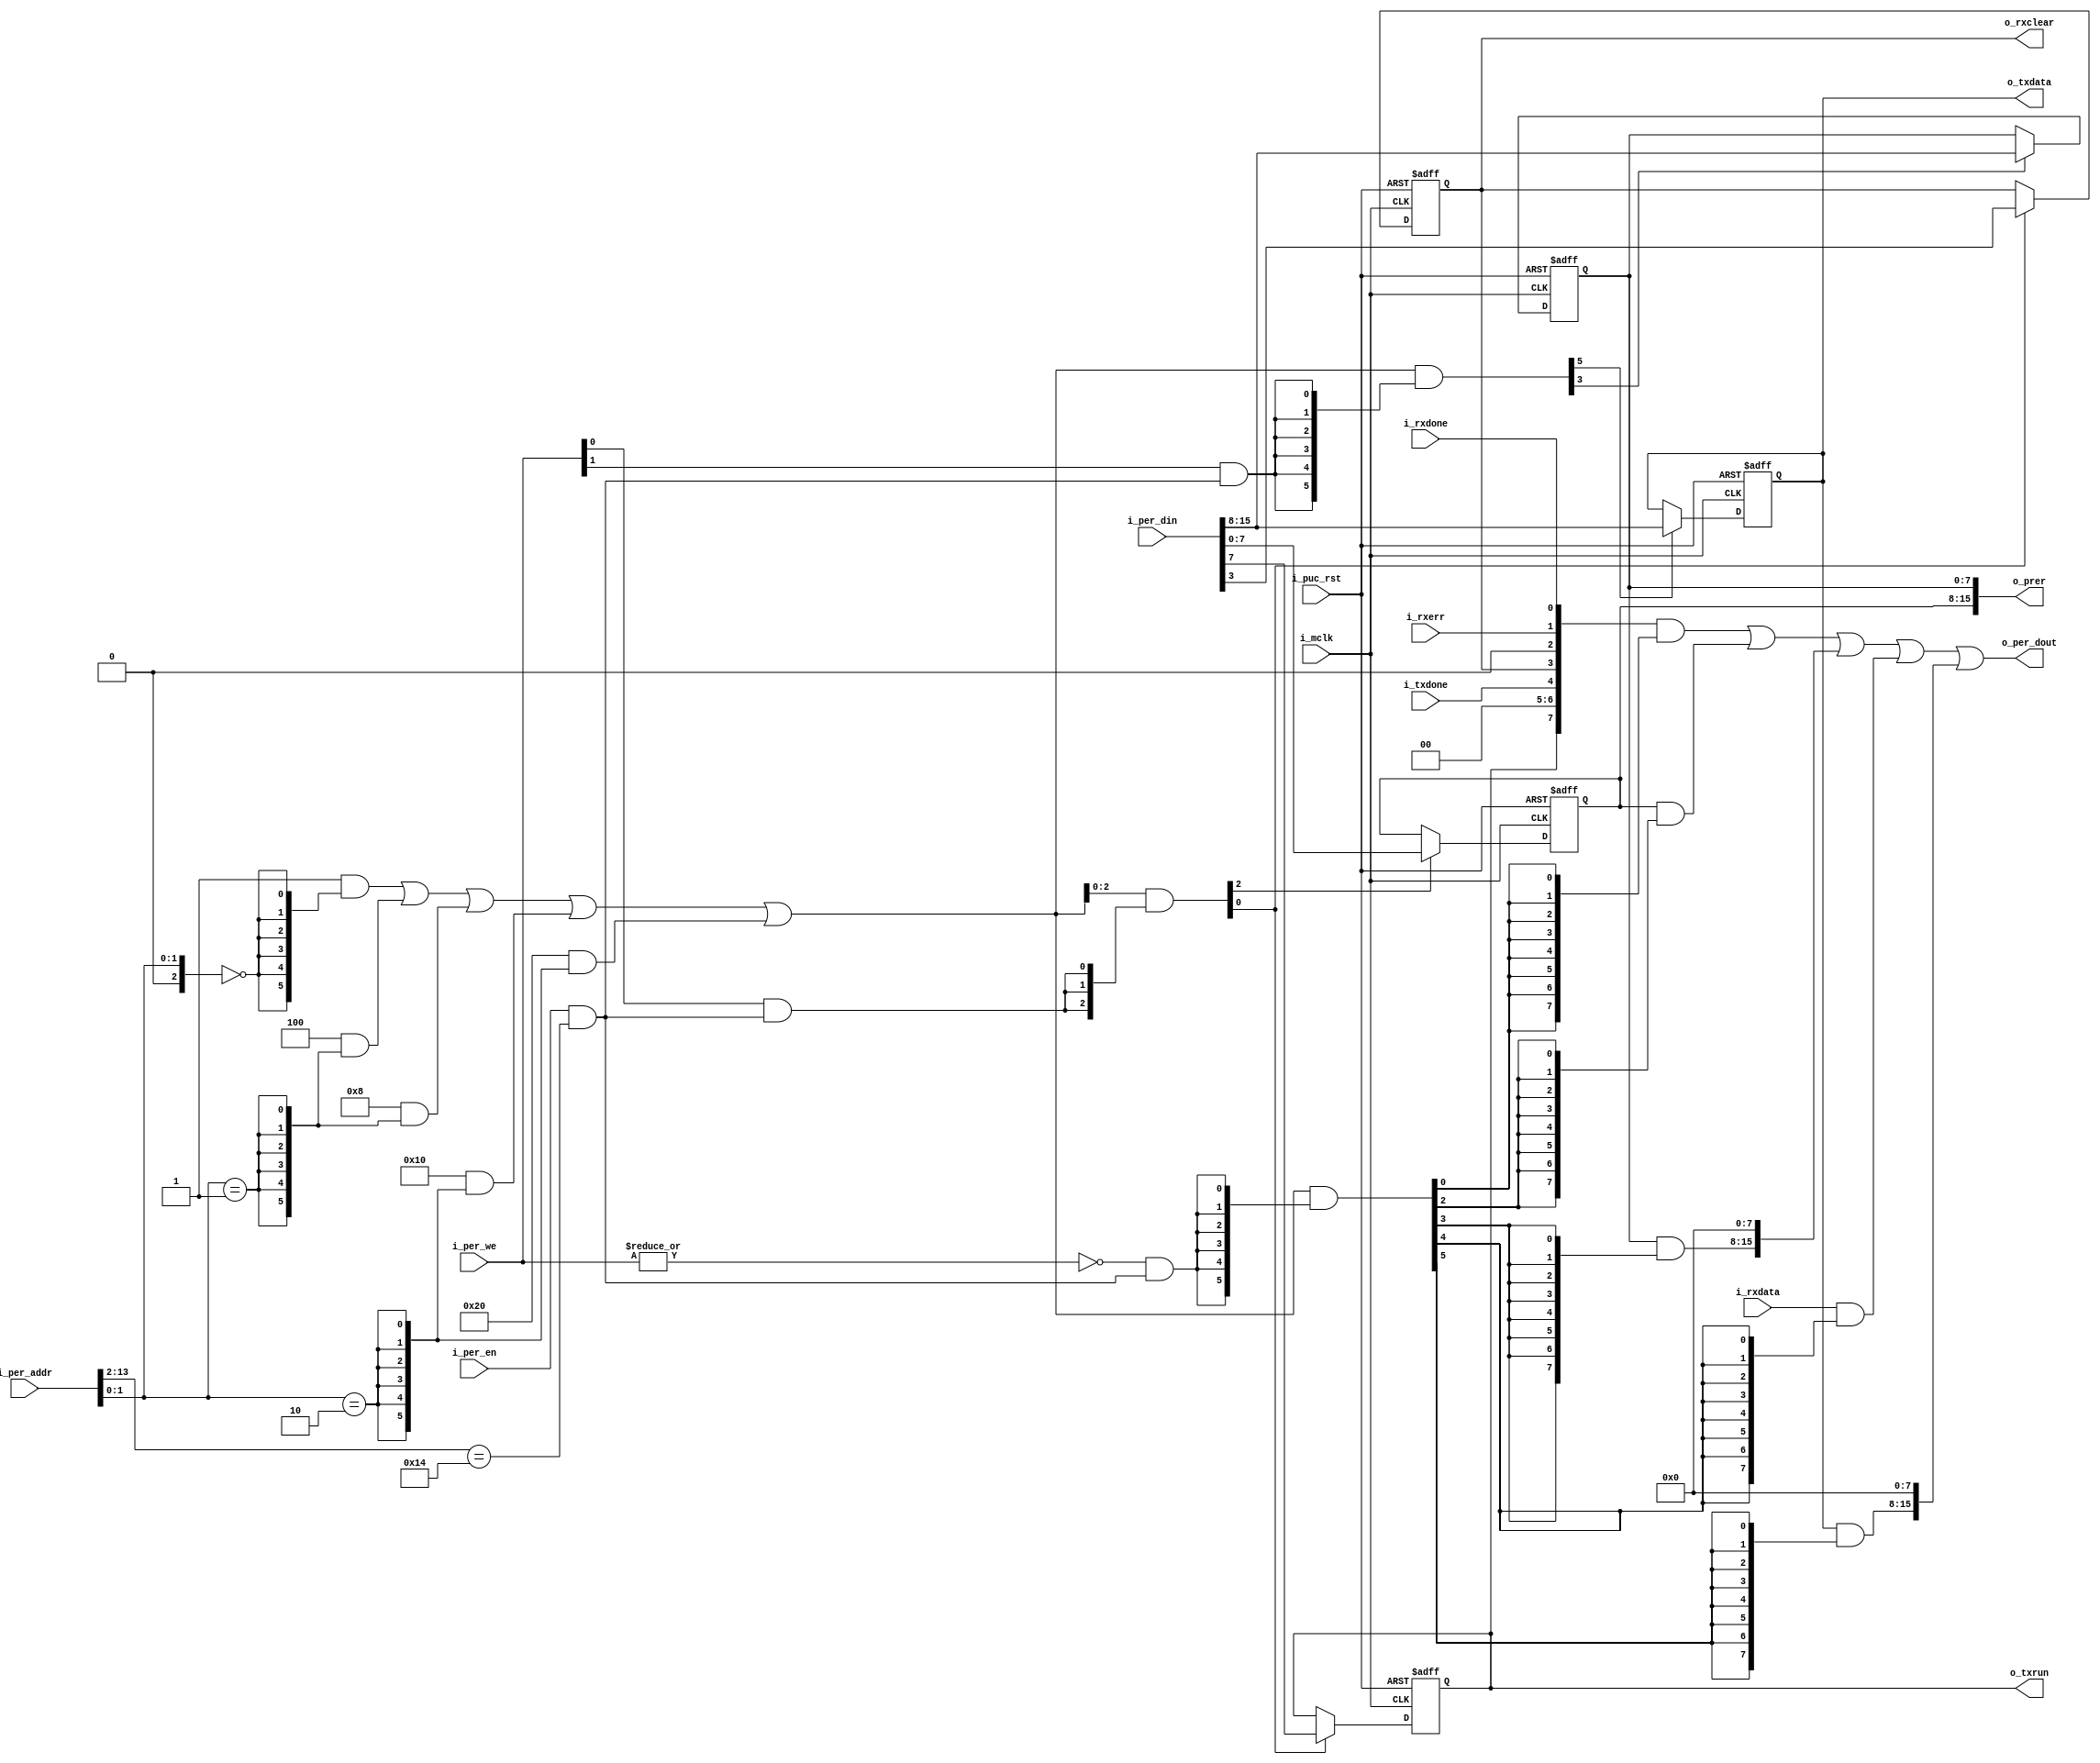
//=============================================================================
//  regs_uart: Register
//-----------------------------------------------------------------------------
//  regs_uart.v
//-----------------------------------------------------------------------------
//   2022 tmct-web  https://ss1.xrea.com/tmct.s1009.xrea.com/
//
//  Redistribution and use in source and binary forms, with or without modification, 
//  are permitted provided that the following conditions are met:
//
//  1.  Redistributions of source code must retain the above copyright notice, 
//      this list of conditions and the following disclaimer.
//
//  2.  Redistributions in binary form must reproduce the above copyright notice, 
//      this list of conditions and the following disclaimer in the documentation and/or 
//      other materials provided with the distribution.
//
//  3.  Neither the name of the copyright holder nor the names of 
//      its contributors may be used to endorse or promote products derived from 
//      this software without specific prior written permission.
//
//  THIS SOFTWARE IS PROVIDED BY THE COPYRIGHT HOLDERS AND CONTRIBUTORS "AS IS" AND 
//  ANY EXPRESS OR IMPLIED WARRANTIES, INCLUDING, BUT NOT LIMITED TO, 
//  THE IMPLIED WARRANTIES OF MERCHANTABILITY AND FITNESS FOR A PARTICULAR PURPOSE ARE 
//  DISCLAIMED. IN NO EVENT SHALL THE COPYRIGHT HOLDER OR CONTRIBUTORS BE LIABLE FOR 
//  ANY DIRECT, INDIRECT, INCIDENTAL, SPECIAL, EXEMPLARY, OR 
//  CONSEQUENTIAL DAMAGES (INCLUDING, BUT NOT LIMITED TO, PROCUREMENT OF 
//  SUBSTITUTE GOODS OR SERVICES; LOSS OF USE, DATA, OR PROFITS; OR BUSINESS INTERRUPTION) 
//  HOWEVER CAUSED AND ON ANY THEORY OF LIABILITY, WHETHER IN CONTRACT, STRICT LIABILITY, 
//  OR TORT (INCLUDING NEGLIGENCE OR OTHERWISE) ARISING IN ANY WAY OUT OF THE USE OF 
//  THIS SOFTWARE, EVEN IF ADVISED OF THE POSSIBILITY OF SUCH DAMAGE.
//=============================================================================

//----------------------------------------------------------------------------
// Copyright (C) 2009 , Olivier Girard
//
// Redistribution and use in source and binary forms, with or without
// modification, are permitted provided that the following conditions
// are met:
//     * Redistributions of source code must retain the above copyright
//       notice, this list of conditions and the following disclaimer.
//     * Redistributions in binary form must reproduce the above copyright
//       notice, this list of conditions and the following disclaimer in the
//       documentation and/or other materials provided with the distribution.
//     * Neither the name of the authors nor the names of its contributors
//       may be used to endorse or promote products derived from this software
//       without specific prior written permission.
//
// THIS SOFTWARE IS PROVIDED BY THE COPYRIGHT HOLDERS AND CONTRIBUTORS "AS IS"
// AND ANY EXPRESS OR IMPLIED WARRANTIES, INCLUDING, BUT NOT LIMITED TO, THE
// IMPLIED WARRANTIES OF MERCHANTABILITY AND FITNESS FOR A PARTICULAR PURPOSE
// ARE DISCLAIMED. IN NO EVENT SHALL THE COPYRIGHT HOLDER OR CONTRIBUTORS BE
// LIABLE FOR ANY DIRECT, INDIRECT, INCIDENTAL, SPECIAL, EXEMPLARY,
// OR CONSEQUENTIAL DAMAGES (INCLUDING, BUT NOT LIMITED TO, PROCUREMENT OF
// SUBSTITUTE GOODS OR SERVICES; LOSS OF USE, DATA, OR PROFITS; OR BUSINESS
// INTERRUPTION) HOWEVER CAUSED AND ON ANY THEORY OF LIABILITY, WHETHER IN
// CONTRACT, STRICT LIABILITY, OR TORT (INCLUDING NEGLIGENCE OR OTHERWISE)
// ARISING IN ANY WAY OUT OF THE USE OF THIS SOFTWARE, EVEN IF ADVISED OF
// THE POSSIBILITY OF SUCH DAMAGE
//
//----------------------------------------------------------------------------
//
// *File Name: template_periph_8b.v
// 
// *Module Description:
//                       8 bit peripheral template.
//
// *Author(s):
//              - Olivier Girard,    olgirard@gmail.com
//
//----------------------------------------------------------------------------
// $Rev: 134 $
// $LastChangedBy: olivier.girard $
// $LastChangedDate: 2012-03-22 21:31:06 +0100 (Thu, 22 Mar 2012) $
//----------------------------------------------------------------------------
module regs_uart
(
    input   wire            i_mclk,     // Main system clock
    input   wire    [13:0]  i_per_addr, // Peripheral address
    input   wire    [15:0]  i_per_din,  // Peripheral data input
    input   wire            i_per_en,   // Peripheral enable (high active)
    input   wire    [1:0]   i_per_we,   // Peripheral write enable (high active)
    input   wire            i_puc_rst,  // Main system reset
    output  wire    [15:0]  o_per_dout, // Peripheral data output

    output  reg             o_rxclear,
    input   wire    [7:0]   i_rxdata,
    input   wire            i_rxerr,
    input   wire            i_rxdone,

    output  reg             o_txrun,
    output  reg     [7:0]   o_txdata,
    input   wire            i_txdone,

    output  reg     [15:0]  o_prer

);


//=============================================================================
// 1)  PARAMETER DECLARATION
//=============================================================================
// Register base address (must be aligned to decoder bit width)
parameter   [14:0]          BASE_ADDR   =   15'h00a0;

// Decoder bit width (defines how many bits are considered for address decoding)
parameter                   DEC_WD      =   3;

// Register addresses offset
parameter   [DEC_WD-1:0]    CNTRL       =   'h0,
                            PRERH       =   'h2,
                            PRERL       =   'h3,
                            RXDATA      =   'h4,
                            TXDATA      =   'h5;

// Register one-hot decoder utilities
parameter                   DEC_SZ      =   (1 << DEC_WD);
parameter   [DEC_SZ-1:0]    BASE_REG    =   {{DEC_SZ-1{1'b0}}, 1'b1};

// Register one-hot decoder
parameter   [DEC_SZ-1:0]    CNTRL_D     =   (BASE_REG << CNTRL),
                            PRERH_D     =   (BASE_REG << PRERH), 
                            PRERL_D     =   (BASE_REG << PRERL), 
                            RXDATA_D    =   (BASE_REG << RXDATA), 
                            TXDATA_D    =   (BASE_REG << TXDATA);


//============================================================================
// 2)  REGISTER DECODER
//============================================================================
// Local register selection
wire reg_sel;
assign reg_sel = i_per_en & (i_per_addr[13:DEC_WD-1]==BASE_ADDR[14:DEC_WD]);

// Register local address
wire [DEC_WD-1:0] reg_addr;
assign reg_addr = {1'b0, i_per_addr[DEC_WD-2:0]};

// Register address decode
wire [DEC_SZ-1:0] reg_dec;
assign reg_dec =    (CNTRL_D  & {DEC_SZ{(reg_addr==(CNTRL >>1))}}) |
                    (PRERH_D  & {DEC_SZ{(reg_addr==(PRERH >>1))}}) |
                    (PRERL_D  & {DEC_SZ{(reg_addr==(PRERL >>1))}}) |
                    (RXDATA_D & {DEC_SZ{(reg_addr==(RXDATA >>1))}}) |
                    (TXDATA_D & {DEC_SZ{(reg_addr==(TXDATA >>1))}});

// Read/Write probes
wire reg_lo_write;
assign reg_lo_write = i_per_we[0] & reg_sel;
wire reg_hi_write;
assign reg_hi_write = i_per_we[1] & reg_sel;
wire reg_read;
assign reg_read = ~|i_per_we   & reg_sel;

// Read/Write vectors
wire [DEC_SZ-1:0] reg_hi_wr;
assign reg_hi_wr = reg_dec & {DEC_SZ{reg_hi_write}};
wire [DEC_SZ-1:0] reg_lo_wr;
assign reg_lo_wr = reg_dec & {DEC_SZ{reg_lo_write}};
wire [DEC_SZ-1:0] reg_rd;
assign reg_rd = reg_dec & {DEC_SZ{reg_read}};


//============================================================================
// 3) REGISTERS
//============================================================================

// CNTRL Register
//-----------------
wire cntrl_wr;
assign cntrl_wr = CNTRL[0] ? reg_hi_wr[CNTRL] : reg_lo_wr[CNTRL];
wire [7:0] cntrl_nxt;
assign cntrl_nxt = CNTRL[0] ? i_per_din[15:8] : i_per_din[7:0];

always @(posedge i_mclk, posedge i_puc_rst)
begin
    if (i_puc_rst)
    begin
        o_txrun <= 1'b0;
        o_rxclear <= 1'b0;
    end
    else if (cntrl_wr)
    begin
        o_txrun <= cntrl_nxt[7];
        o_rxclear <= cntrl_nxt[3];
    end
end

   
// PRERH Register
//-----------------
wire prerh_wr;
assign prerh_wr = PRERH[0] ? reg_hi_wr[PRERH] : reg_lo_wr[PRERH];
wire [7:0] prerh_nxt;
assign prerh_nxt = PRERH[0] ? i_per_din[15:8] : i_per_din[7:0];

always @(posedge i_mclk, posedge i_puc_rst)
begin
    if (i_puc_rst)
    begin
        o_prer[15:8] <= 8'd0;
    end
    else if (prerh_wr)
    begin
        o_prer[15:8] <= prerh_nxt;
    end
end

   
// PRERL Register
//-----------------
wire prerl_wr;
assign prerl_wr = PRERL[0] ? reg_hi_wr[PRERL] : reg_lo_wr[PRERL];
wire [7:0] prerl_nxt;
assign prerl_nxt = PRERL[0] ? i_per_din[15:8] : i_per_din[7:0];

always @(posedge i_mclk, posedge i_puc_rst)
begin
    if (i_puc_rst)
    begin
        o_prer[7:0] <= 8'd0;
    end
    else if (prerl_wr)
    begin
        o_prer[7:0] <= prerl_nxt;
    end
end


// TXDATA Register
//-----------------
wire txdata_wr;
assign txdata_wr = TXDATA[0] ? reg_hi_wr[TXDATA] : reg_lo_wr[TXDATA];
wire [7:0] txdata_nxt;
assign txdata_nxt = TXDATA[0] ? i_per_din[15:8] : i_per_din[7:0];

always @(posedge i_mclk, posedge i_puc_rst)
begin
    if (i_puc_rst)
    begin
        o_txdata <= 8'd0;
    end
    else if (txdata_wr)
    begin
        o_txdata <= txdata_nxt;
    end
end


//============================================================================
// 4) DATA OUTPUT GENERATION
//============================================================================

// Data output mux
wire [15:0] cntrl_rd;
assign cntrl_rd = {8'h00, ({o_txrun, 2'd0, i_txdone, o_rxclear, 1'd0, i_rxerr, i_rxdone}  & {8{reg_rd[CNTRL]}})}  << (8 & {4{CNTRL[0]}});
wire [15:0] prerh_rd;
assign prerh_rd = {8'h00, (o_prer[15:8] & {8{reg_rd[PRERH]}})}  << (8 & {4{PRERH[0]}});
wire [15:0] prerl_rd;
assign prerl_rd = {8'h00, (o_prer[7:0] & {8{reg_rd[PRERL]}})}  << (8 & {4{PRERL[0]}});
wire [15:0] rxdata_rd;
assign rxdata_rd = {8'h00, (i_rxdata & {8{reg_rd[RXDATA]}})}  << (8 & {4{RXDATA[0]}});
wire [15:0] txdata_rd;
assign txdata_rd = {8'h00, (o_txdata & {8{reg_rd[TXDATA]}})}  << (8 & {4{TXDATA[0]}});

assign o_per_dout = cntrl_rd  |
                    prerh_rd  |
                    prerl_rd  |
                    rxdata_rd  |
                    txdata_rd;

endmodule // template_periph_8b